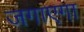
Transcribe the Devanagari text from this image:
जगाएगा